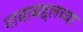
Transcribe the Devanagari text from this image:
गावाबद्दलच्या